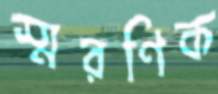
স্মরণিক